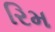
રિમ